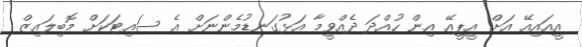
އީއައިއޭ އަށް އީޕީއޭ އިން ހުއްދަ ދެއްވީމާ އަޅުގަނޑުމެންނަށް އެ ސައިޓަަކަށް މޮބިލައިޒް